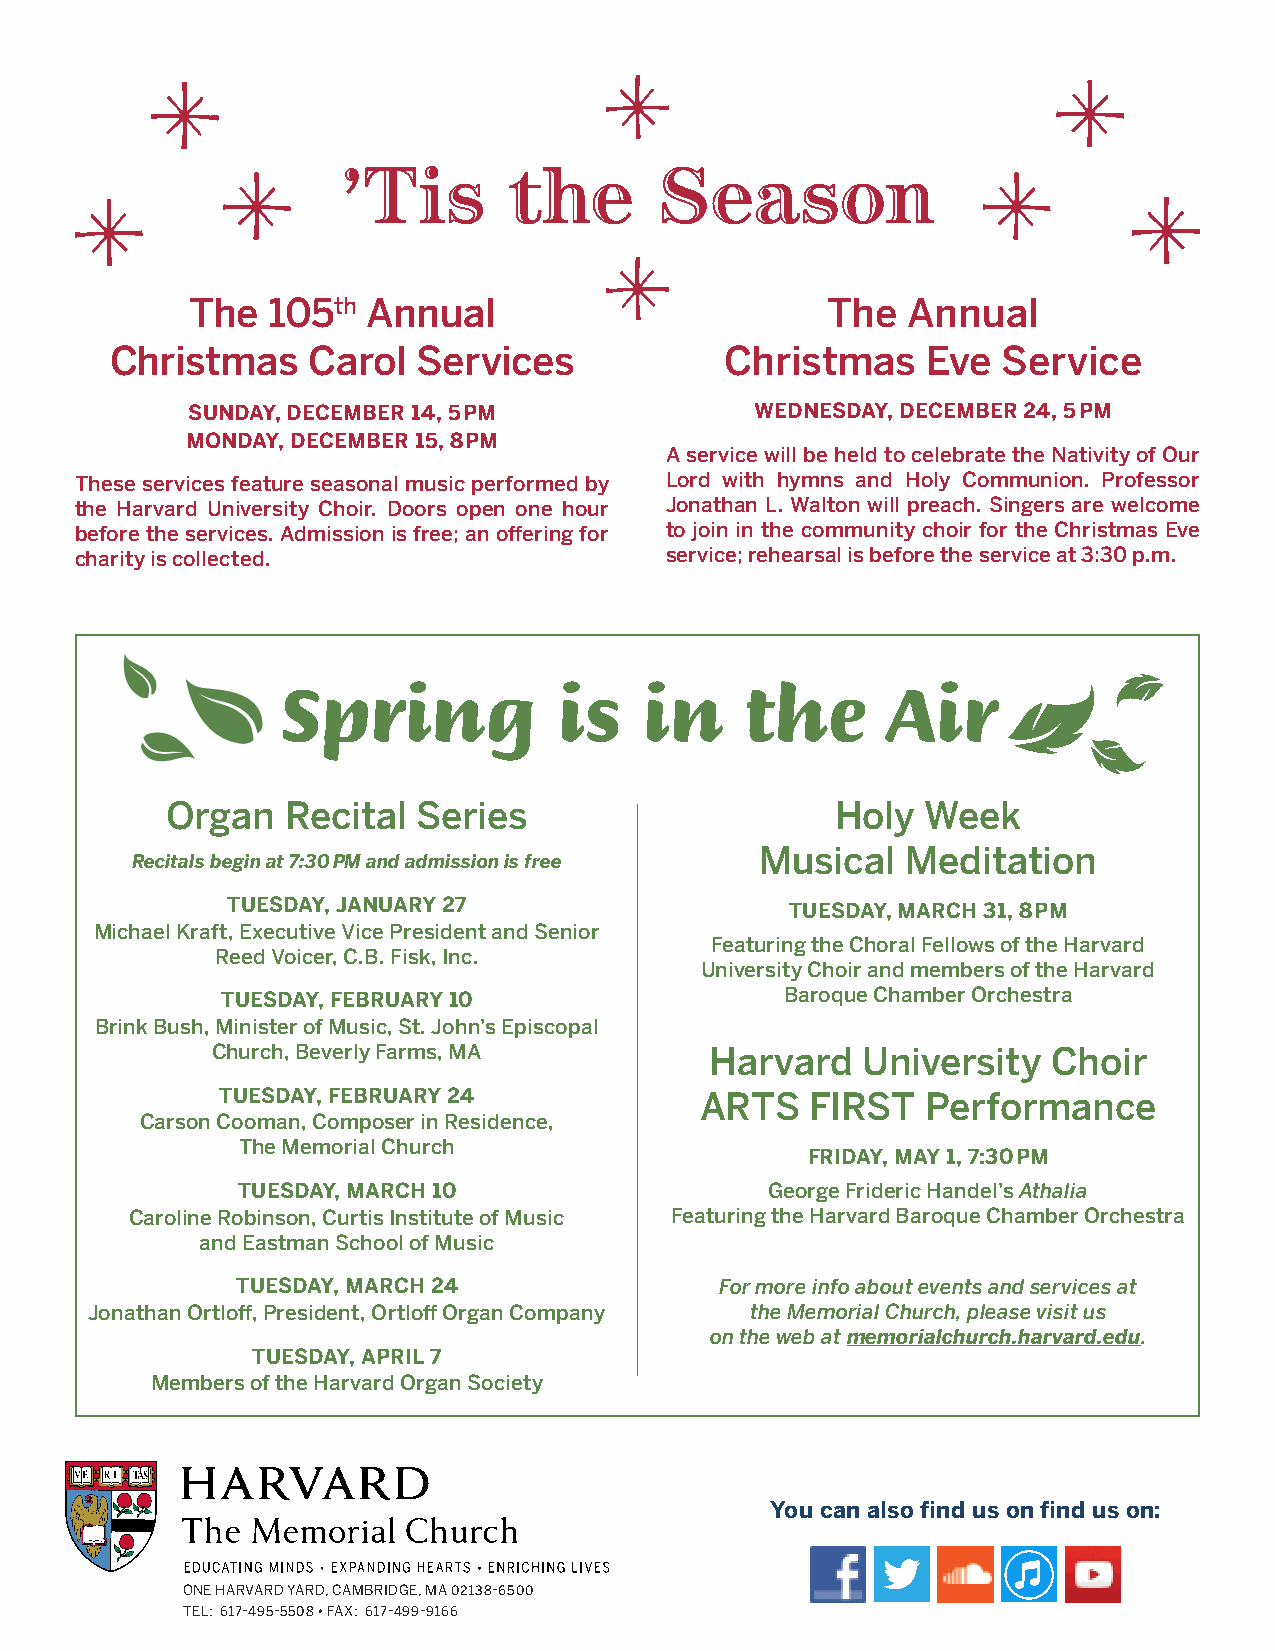
’Tis       the       Season
 The  105th Annual                         The  Annual
 Christmas    Carol   Services            Christmas    Eve  Service
 SUNDAY, DECEMBER 14, 5 PM             WEDNESDAY, DECEMBER 24, 5 PM
 MONDAY, DECEMBER 15, 8 PM
 A service will be held to celebrate the Nativity of Our
 These services feature seasonal music performed by Lord with hymns and Holy Communion. Professor
 the Harvard University Choir. Doors open one hour Jonathan L. Walton will preach. Singers are welcome
 before the services. Admission is free; an offering for to join in the community choir for the Christmas Eve
 charity is collected.                  service; rehearsal is before the service at 3:30 p.m.
 Spring             is   in     the       Air
 Organ   Recital  Series                     Holy  Week
 Musical   Meditation
 Recitals begin at 7:30 PM and admission is free
 TUESDAY, JANUARY 27                  TUESDAY, MARCH 31, 8 PM
 Michael Kraft, Executive Vice President and Senior
 Featuring the Choral Fellows of the Harvard
 Reed Voicer, C.B. Fisk, Inc.
 University Choir and members of the Harvard
 TUESDAY, FEBRUARY 10                 Baroque Chamber Orchestra
 Brink Bush, Minister of Music, St. John’s Episcopal
 Church, Beverly Farms, MA        Harvard   University   Choir
 TUESDAY, FEBRUARY 24           ARTS    FIRST  Performance
 Carson Cooman, Composer in Residence,
 The Memorial Church
 FRIDAY, MAY 1, 7:30 PM
 TUESDAY, MARCH 10                  George Frideric Handel’s Athalia
 Caroline Robinson, Curtis Institute of Music Featuring the Harvard Baroque Chamber Orchestra
 and Eastman School of Music
 TUESDAY, MARCH 24               For more info about events and services at
 Jonathan Ortloff, President, Ortloff Organ Company the Memorial Church, please visit us
 on the web at memorialchurch.harvard.edu.
 TUESDAY, APRIL 7
 Members of the Harvard Organ Society
 You can also find us on find us on:
 ONE HARVARD YARD, CAMBRIDGE, MA 02138-6500
 TEL: 617-495-5508 • FAX: 617-499-9166